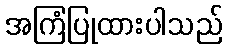
အကြံပြုထားပါသည်